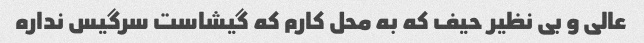
عالی و بی نظیر حیف که به محل کارم که گیشاست سرگیس نداره